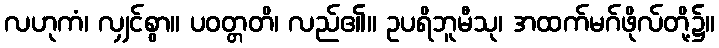
လဟုကံ၊ လျှင်စွာ။ ပဝတ္တတိ၊ လည်၏။ ဥပရိဘူမီသု၊ အထက်မဂ်ဖိုလ်တို့၌။